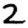
Digit: 2